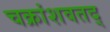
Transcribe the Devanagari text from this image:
चक्रांशवतद्